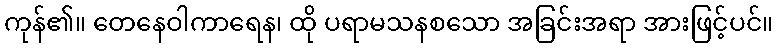
ကုန်၏။ တေနေဝါကာရေန၊ ထို ပရာမသနစသော အခြင်းအရာ အားဖြင့်ပင်။